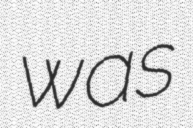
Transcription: was